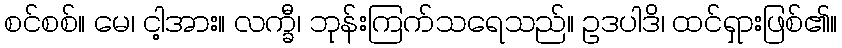
စင်စစ်။ မေ၊ ငါ့အား။ လက္ခီ၊ ဘုန်းကြက်သရေသည်။ ဥဒပါဒိ၊ ထင်ရှားဖြစ်၏။